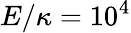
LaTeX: E/\kappa=10^{4}